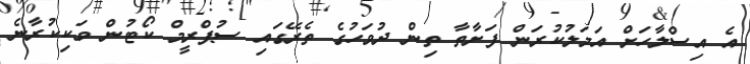
އެ އިސްލާހަށް އަމަލުކުރަން ފަށާތާ ތިން ދުވަހުގެ ތެރޭގައި ސުޕްރީމް ކޯޓުން ވަކިކުރާނެ